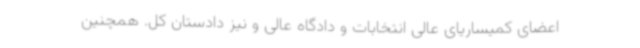
اعضای کمیساریای عالی انتخابات و دادگاه عالی و نیز دادستان کل. همچنین